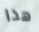
هذا